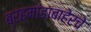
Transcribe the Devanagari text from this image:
ब्रह्मांडाबाहेरचे